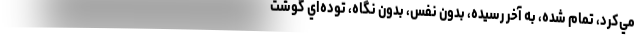
مي‌كرد، تمام شده، به آخر رسيده، بدون نفس، بدون نگاه، توده‌اي گوشت